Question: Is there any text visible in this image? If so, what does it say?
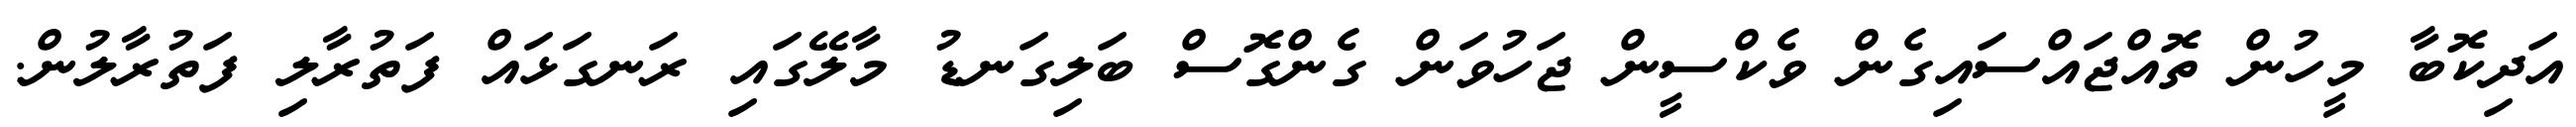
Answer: އަދިކޮބާ މީހުން ތޮއްޖައްސައިގެން ވެކްސީން ޖަހުވަން ގެންގޮސް ބަލިގަނޑު މާލޭގައި ރަނގަޅައް ފަތުރާލި ފަތުރާލުން.